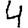
Digit: 4